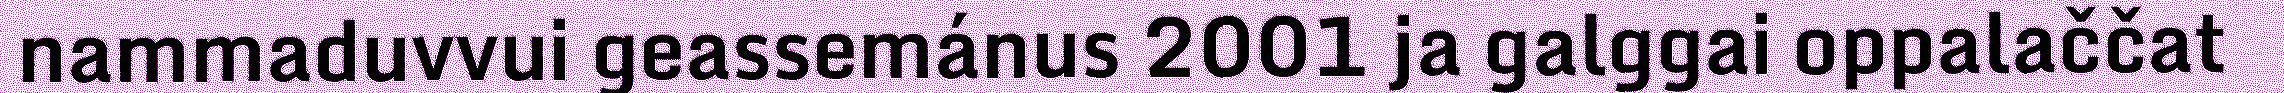
nammaduvvui geassemánus 2001 ja galggai oppalaččat